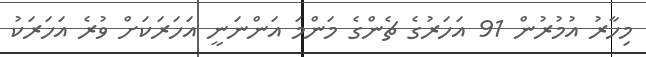
މިހާރު އުމުރުން 91 އަހަރުގެ ޗެންގެ މަންމަ އަންނަނީ އަހަރަކަށް ވުރެ އަހަރަކު